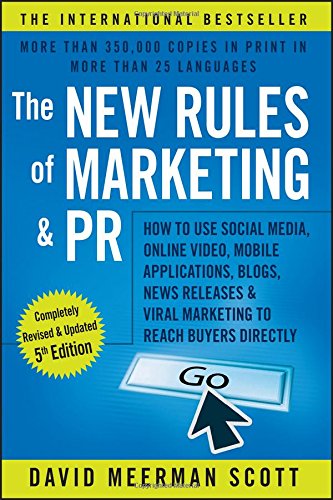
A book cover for The New Rules of Marketing and PR: How to Use Social Media, Online Video, Mobile Applications, Blogs, News Releases, and Viral Marketing to Reach Buyers Directly; David Meerman Scott; Computers & Technology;